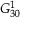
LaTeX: G _ { 3 0 } ^ { 1 }